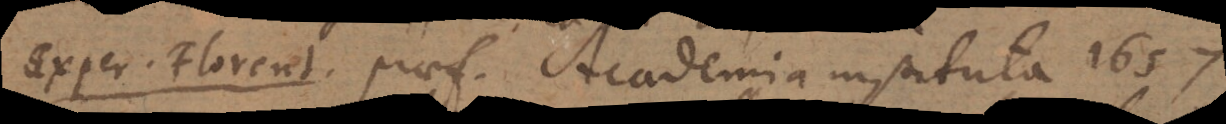
Exper. Florent. praef. Academia instituta 1657.